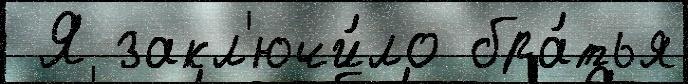
 Я закл'ючи́ло бра́тья